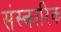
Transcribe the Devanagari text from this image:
संस्कारिक